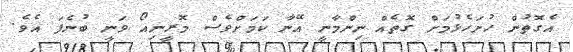
އެގޮތުން ހުށަހެޅުމަށް ގޮތެއް ނިންމާނީ އޭނާ ކަމަށްވެސް މޮރީނިއޯ ވަނީ ބުނެފަ އެވެ.